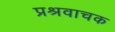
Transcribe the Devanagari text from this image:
प्रश्रवाचक